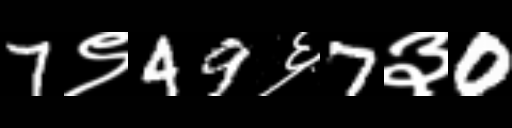
Text: 7९49६7३0